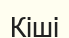
Кіші